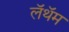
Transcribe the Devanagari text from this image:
लॅथॅम